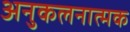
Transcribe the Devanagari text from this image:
अनुकलनात्मक